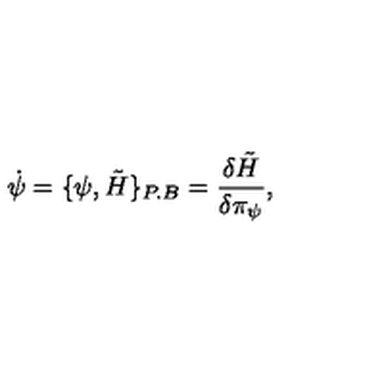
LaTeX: \dot { \psi } = \{ \psi , \tilde { H } \} _ { P . B } = { \frac { \delta \tilde { H } } { \delta \pi _ { \psi } } } ,